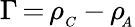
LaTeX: \Gamma\, {=}\, \rho_{_C}\, {-}\, \rho\! _{_A}